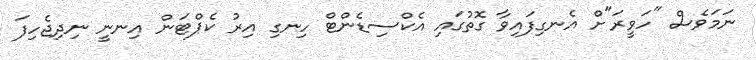
ނަމަވެސް "ހަވީރަ"ށް އެނގިފައިވާ ގޮތުގައި އެކްސިޑެންޓް ހިނގި އިރު ކެޕްޓަން އިނނީ ނިދިޖެހިފަ